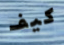
كيف